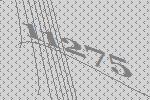
11275